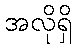
အလိုရှိ